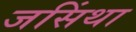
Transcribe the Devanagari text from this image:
जसिंथा